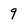
Character: 9